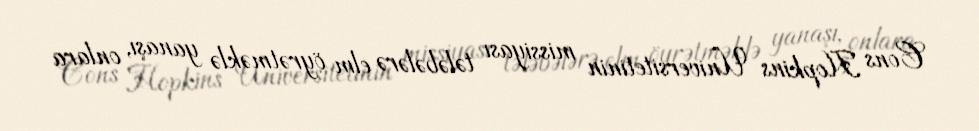
Cons Hopkins Universitetinin missiyası tələbələrə elm öyrətməklə yanaşı, onlara